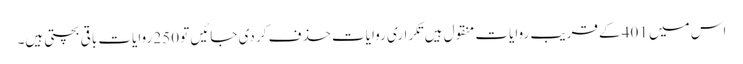
اس میں 401 کے قریب روایات منقول ہیں تکراری روایات حذف کر دی جائیں تو 250 روایات باقی بچتی ہیں۔